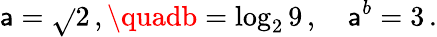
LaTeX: \mathsf{a}={\sqrt{}{{2}}}\, ,\quadb=\log_{2}9\, ,\quad\mathsf{a}^{b}=3\, .